Indian journal of veterinary science and animal husbandry - Volume 1,
Year: 1931
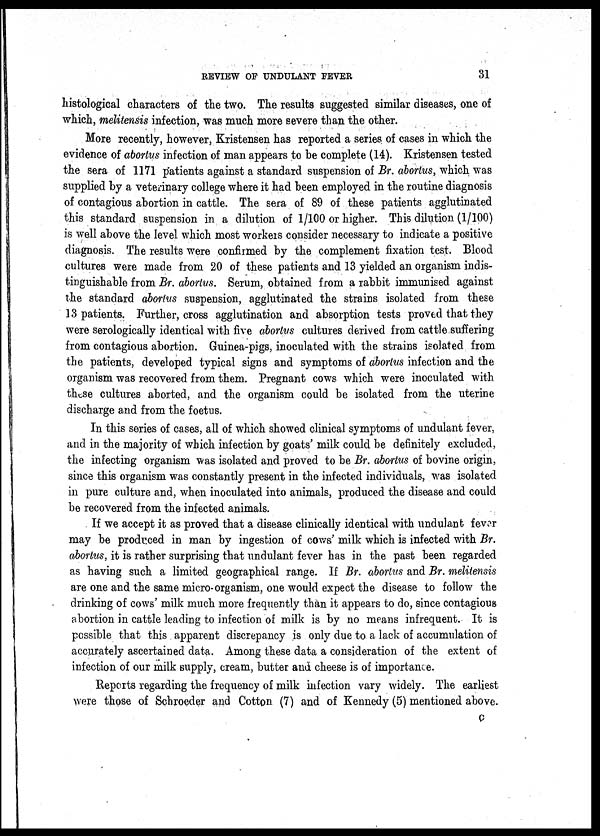
REVIEW OF UNDULANT FEVER
31
histological characters of the two. The results suggested similar diseases, one of
which, melitensis infection, was much more severe than the other.
More recently, however, Kristensen has reported a series of cases in which the
evidence of abortus infection of man appears to be complete (14). Kristensen tested
the sera of 1171 patients against a standard suspension of Br. abortus, which was
supplied by a veterinary college where it had been employed in the routine diagnosis
of contagious abortion in cattle. The sera of 89 of these patients agglutinated
this standard suspension in a dilution of 1/100 or higher. This dilution (1/100)
is well above the level which most workers consider necessary to indicate a positive
diagnosis. The results were confirmed by the complement fixation test. Blood
cultures were made from 20 of these patients and 13 yielded an organism indis-
tinguishable from Br. abortus. Serum, obtained from a rabbit immunised against
the standard abortus suspension, agglutinated the strains isolated from these
13 patients. Further, cross agglutination and absorption tests proved that they
were serologically identical with five abortus cultures derived from cattle suffering
from contagious abortion. Guinea-pigs, inoculated with the strains isolated from
the patients, developed typical signs and symptoms of abortus infection and the
organism was recovered from them. Pregnant cows which were inoculated with
these cultures aborted, and the organism could be isolated from the uterine
discharge and from the foetus.
In this series of cases, all of which showed clinical symptoms of undulant fever,
and in the majority of which infection by goats' milk could be definitely excluded,
the infecting organism was isolated and proved to be Br. abortus of bovine origin,
since this organism was constantly present in the infected individuals, was isolated
in pure culture and, when inoculated into animals, produced the disease and could
be recovered from the infected animals.
If we accept it as proved that a disease clinically identical with undulant fever
may be produced in man by ingestion of cows' milk which is infected with Br.
abortus, it is rather surprising that undulant fever has in the past been regarded
as having such a limited geographical range. If Br. abortus and Br. melitensis
are one and the same micro-organism, one would expect the disease to follow the
drinking of cows' milk much more frequently than it appears to do, since contagious
abortion in cattle leading to infection of milk is by no means infrequent. It is
possible that this apparent discrepancy is only due to a lack of accumulation of
accurately ascertained data. Among these data a consideration of the extent of
infection of our milk supply, cream, butter and cheese is of importance.
Reports regarding the frequency of milk infection vary widely. The earliest
were those of Schroeder and Cotton (7) and of Kennedy (5) mentioned above.
C